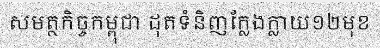
សមត្ថកិច្ចកម្ពុជា ដុតទំនិញក្លែងក្លាយ១២មុខ